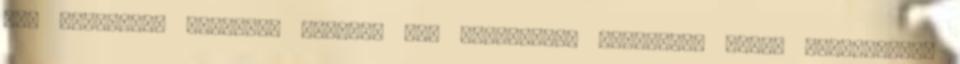
Itt mindenkit szívesen látunk, aki szeretetné jólérezni magát Szerencsére